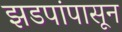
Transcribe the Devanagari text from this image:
झडपांपासून